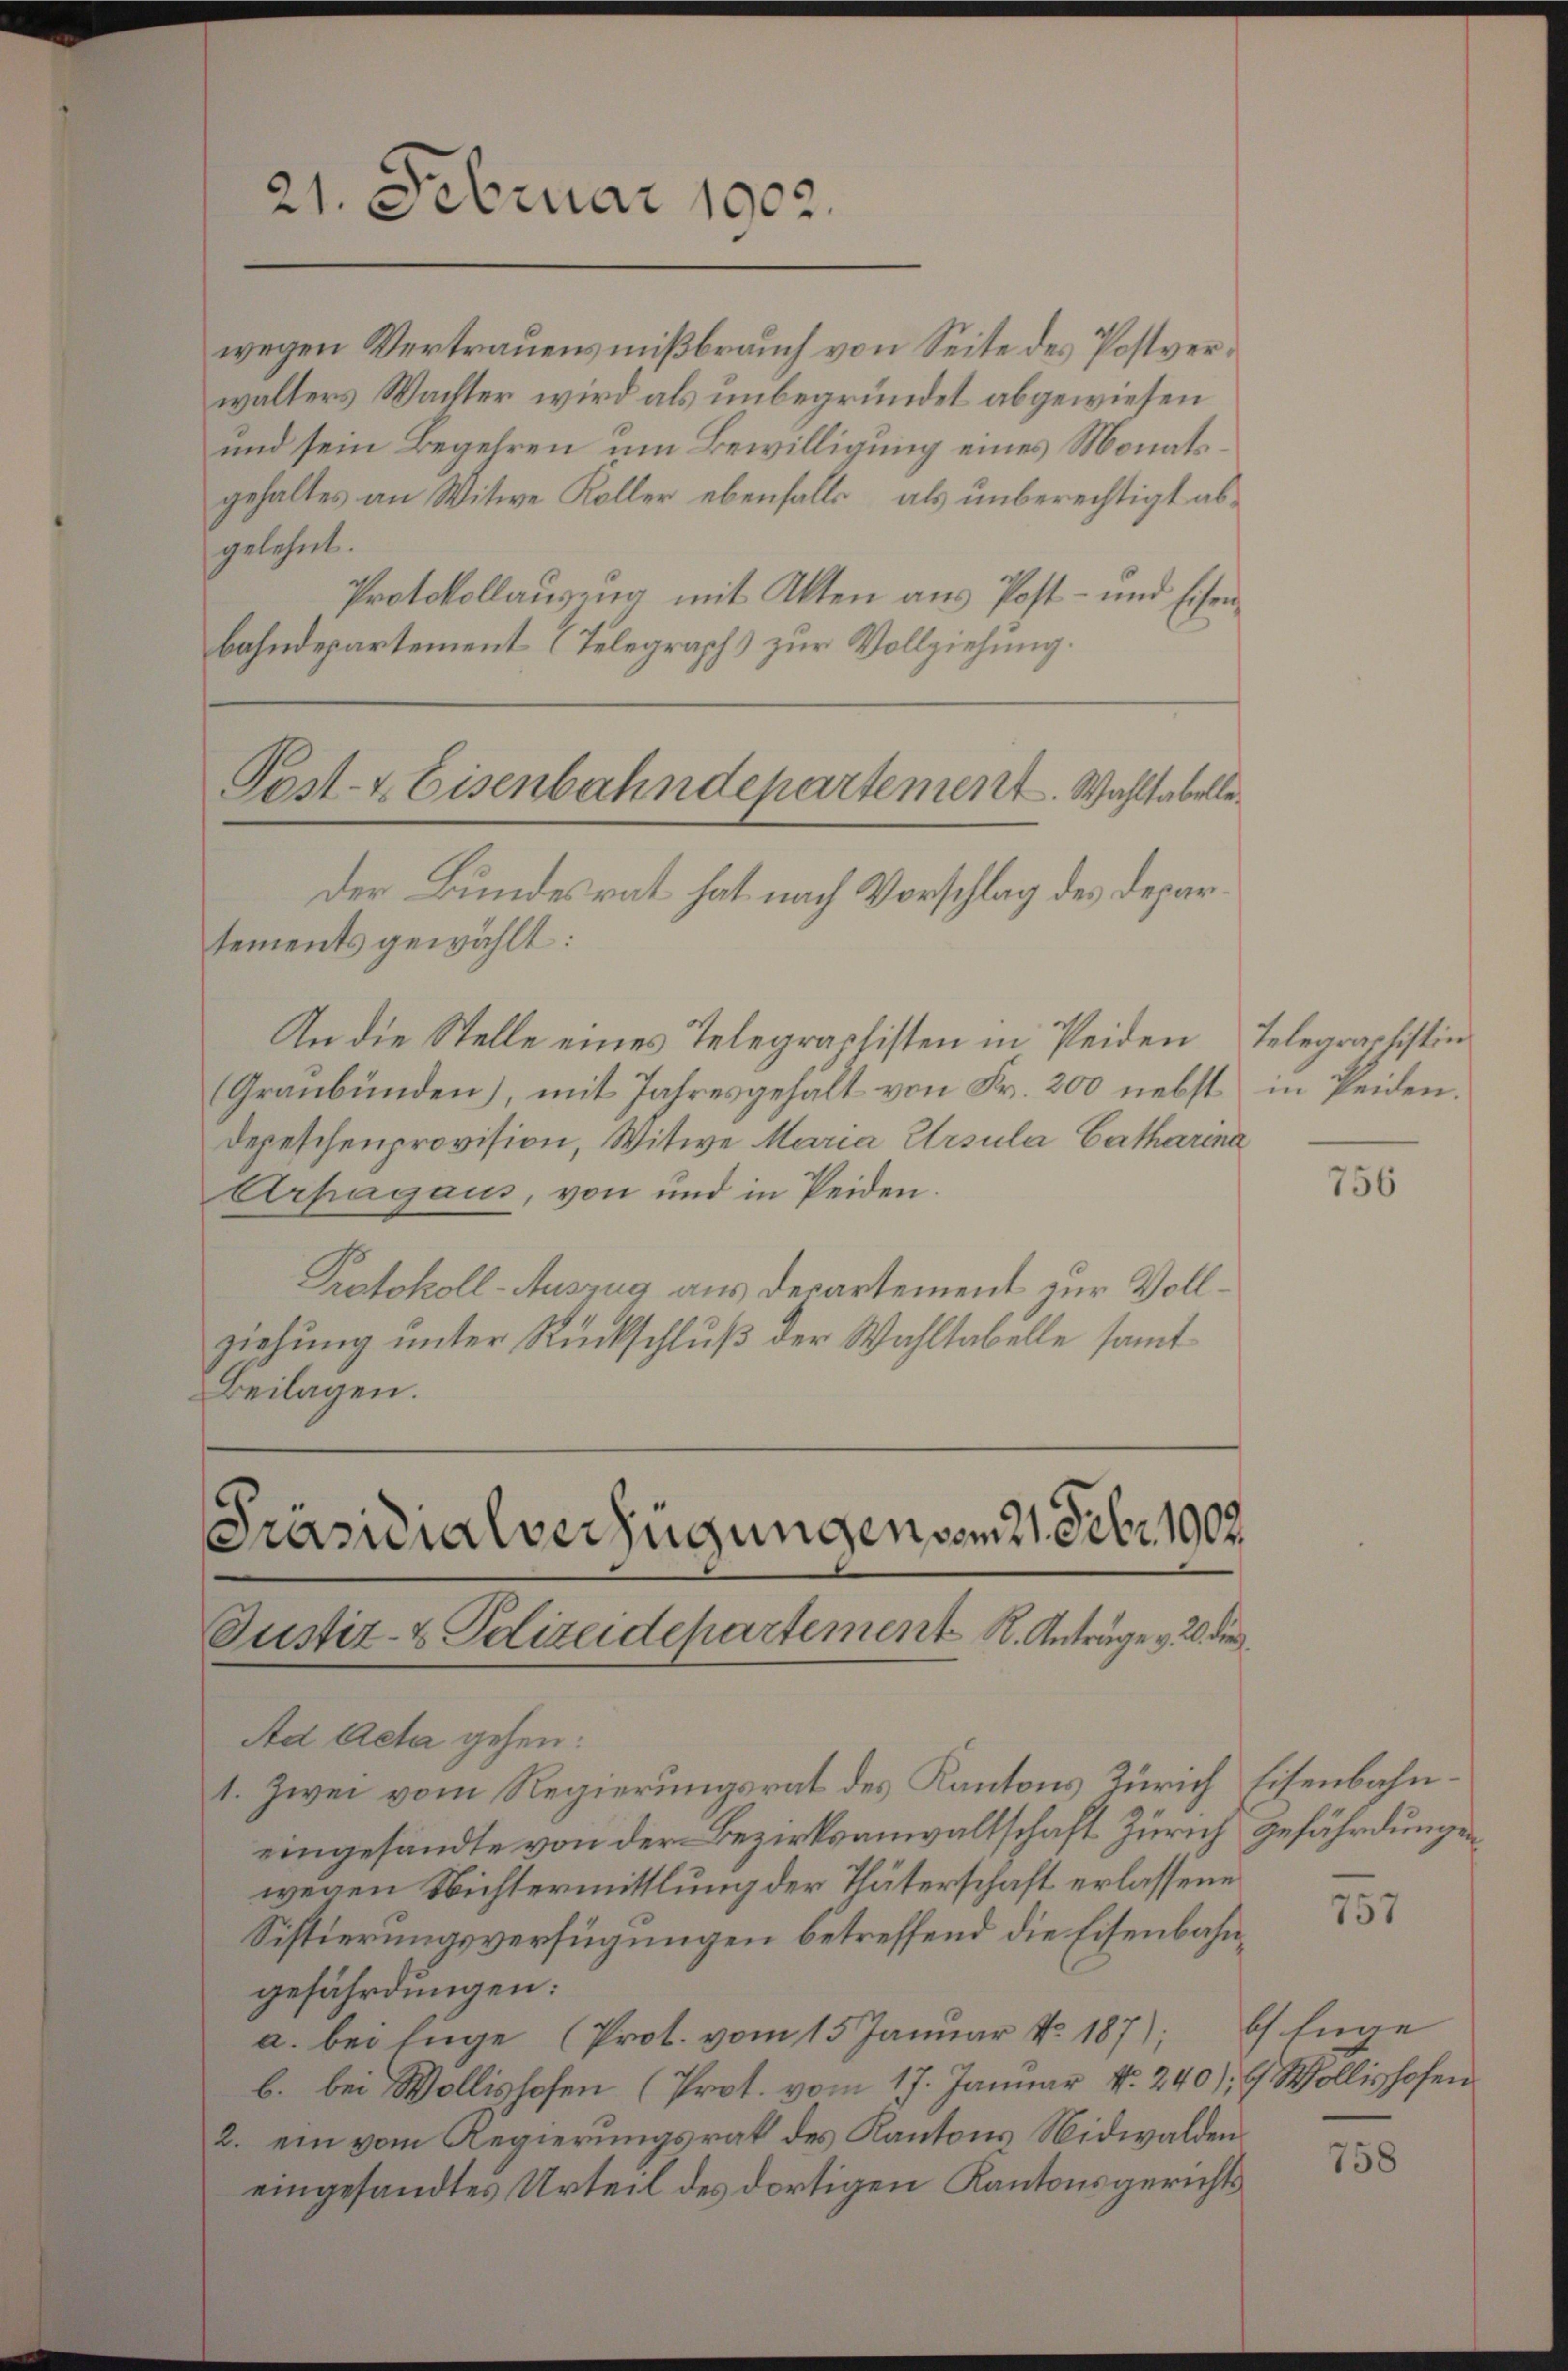
21. Februar 1902.

wegen Vertrauensmißbrauch von Seite des Postverwalters Wachter wird als unbegründet abgewiesen
und sein Begehren um Bewilligung eines Monatsgehaltes an Witwe Koller ebenfalls, als unberechtigt abgelehnt.
Protokollausung mit Akten aus Post- und Eisen-
bahndepartement (Telegraphs zur Vollziehung.

Post- & Eisenbahndepartement. Wahltabelle¬
Der Bundesrat hat nach Vorschlag des Departements gewählt:

An die Stelle eines Telegraphisten in Seiden Telegraphistin¬
Graubünden), mit Jahresgehalt von Fr. 200 nebst in Peiden.
Depeschenprovision, Witwe Maria Ursula Catharina
Arpagaus, von und in Peiden.
Protokoll-Auszug aus Departement zur Vollziehung unter Rückschluß der Wahltabelle samt¬
Beilagen.

Präsidialverfügungen vom 21. Febr. 1907.
Justiz- & Polizeidepartement K. Anträge v. 20. die

Ad Acta gehen:
1. Zwei vom Regierungsrat des Kantons Zürich Eisenbahneingesandte von der Bezirksanwaltschaft Zürich gefährdungen,
wegen Nichtermittlung der Thäterschaft erlassene
Sistierungsverfügungen betreffend die Eisenbahngefährdungen:
a. bei Enge (Prot. vom 15. Januar No. 187);
b. bei Wollishofen (Prot. vom 17. Januar No. 240), 6 Wollishofen
2. ein vom Regierungsrat des Kantons Nidwalden
eingesandtes Urteil des dortigen Kantonsgerichts

756

757

b Enge

758